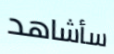
سأشاهد